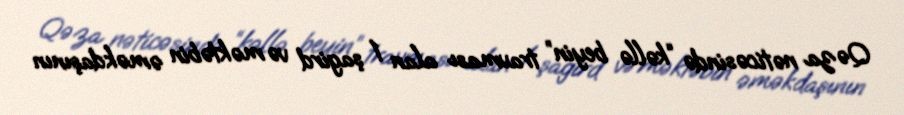
Qəza nəticəsində “kəllə beyin” travması alan 1 şagird və məktəbin əməkdaşının